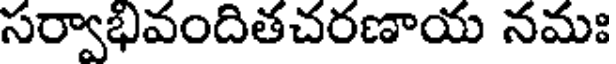
సర్వాభివందితచరణాయ నమః